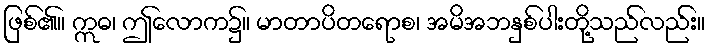
ဖြစ်၏။ ဣဓ၊ ဤလောက၌။ မာတာပိတရောစ၊ အမိအဘနှစ်ပါးတို့သည်လည်း။